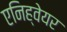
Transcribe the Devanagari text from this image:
एनिह्वेयर